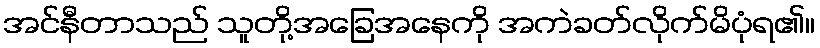
အင်နီတာသည် သူတို့အခြေအနေကို အကဲခတ်လိုက်မိပုံရ၏။